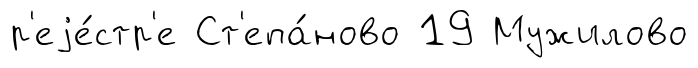
р'еjе́стр'е Ст'епа́ново 19 Мужилово